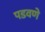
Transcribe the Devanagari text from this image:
पडवणे